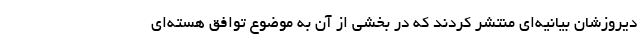
دیروزشان بیانیه‌ای منتشر کردند که در بخشی از آن به موضوع توافق هسته‌ای